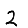
Digit: 2